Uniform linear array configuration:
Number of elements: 32
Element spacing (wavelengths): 1
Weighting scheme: hann
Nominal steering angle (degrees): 15
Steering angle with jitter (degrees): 14.721
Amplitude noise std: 0.05
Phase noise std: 0.05

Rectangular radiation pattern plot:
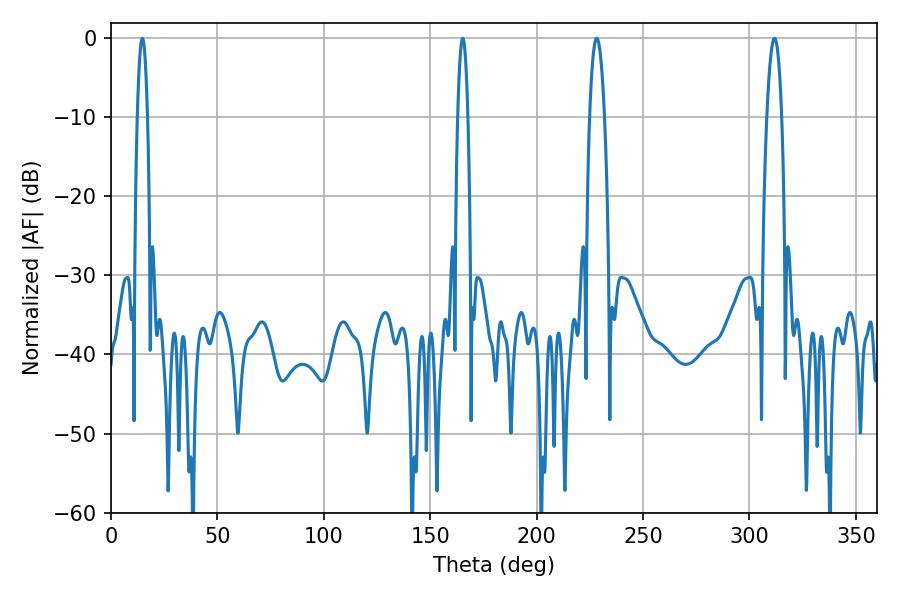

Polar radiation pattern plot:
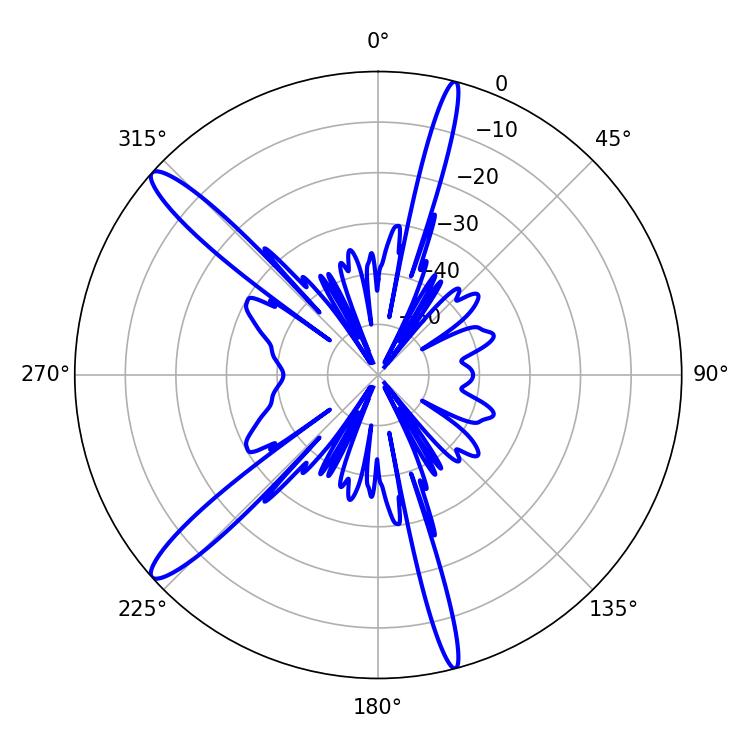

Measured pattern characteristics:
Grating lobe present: TRUE
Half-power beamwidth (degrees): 3.78
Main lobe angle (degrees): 228.24